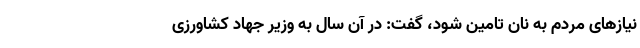
نیازهای مردم به نان تامین شود، گفت: در آن سال به وزیر جهاد کشاورزی